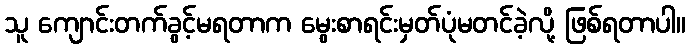
သူ ကျောင်းတက်ခွင့်မရတာက မွေးစာရင်းမှတ်ပုံမတင်ခဲ့လို့ ဖြစ်ရတာပါ။